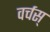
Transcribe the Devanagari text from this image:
वर्चस्